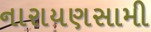
નારાયણસામી